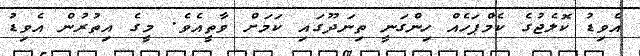
އެވިޑު ކޮލެޖުގެ ކެމްޕަހެއް ހިންގަނީ ތިނަދޫގައި ކަމަށް ވާތީއެވެ. މީގެ އިތުރުން އެވިޑު